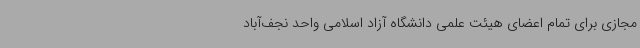
مجازی برای تمام اعضای هیئت علمی دانشگاه آزاد اسلامی واحد نجف‌آباد